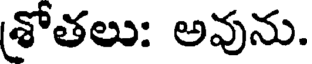
శ్రోతలు: అవును.